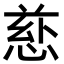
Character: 𪬄